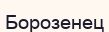
Борозенец